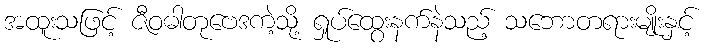
အထူးသဖြင့် ဇီဝဓါတုဗေဒကဲ့သို့ ရှုပ်ထွေးနက်နဲသည့် သဘောတရားမျိုးနှင့်